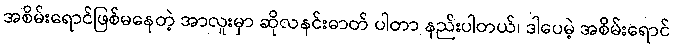
အစိမ်းရောင်ဖြစ်မနေတဲ့ အာလူးမှာ ဆိုလနင်းဓာတ် ပါတာ နည်းပါတယ်၊ ဒါပေမဲ့ အစိမ်းရောင်